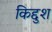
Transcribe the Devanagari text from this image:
किद्दुश